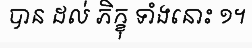
បាន ដល់ ភិក្ខុ ទាំងនោះ ១។